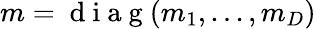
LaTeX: m=\mathrm{~d~i~a~g~}(m_{1},...,m_{D})